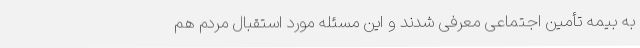
به بیمه تأمین اجتماعی معرفی شدند و این مسئله مورد استقبال مردم هم